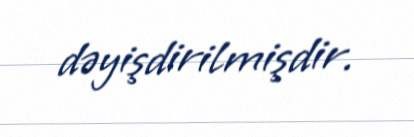
dəyişdirilmişdir.